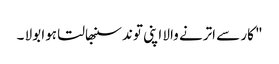
" کار سے اترنے والا اپنی توند سنبھالتا ہوا بولا ۔